V__Kingissepa_nim__kolhoos, lk 13
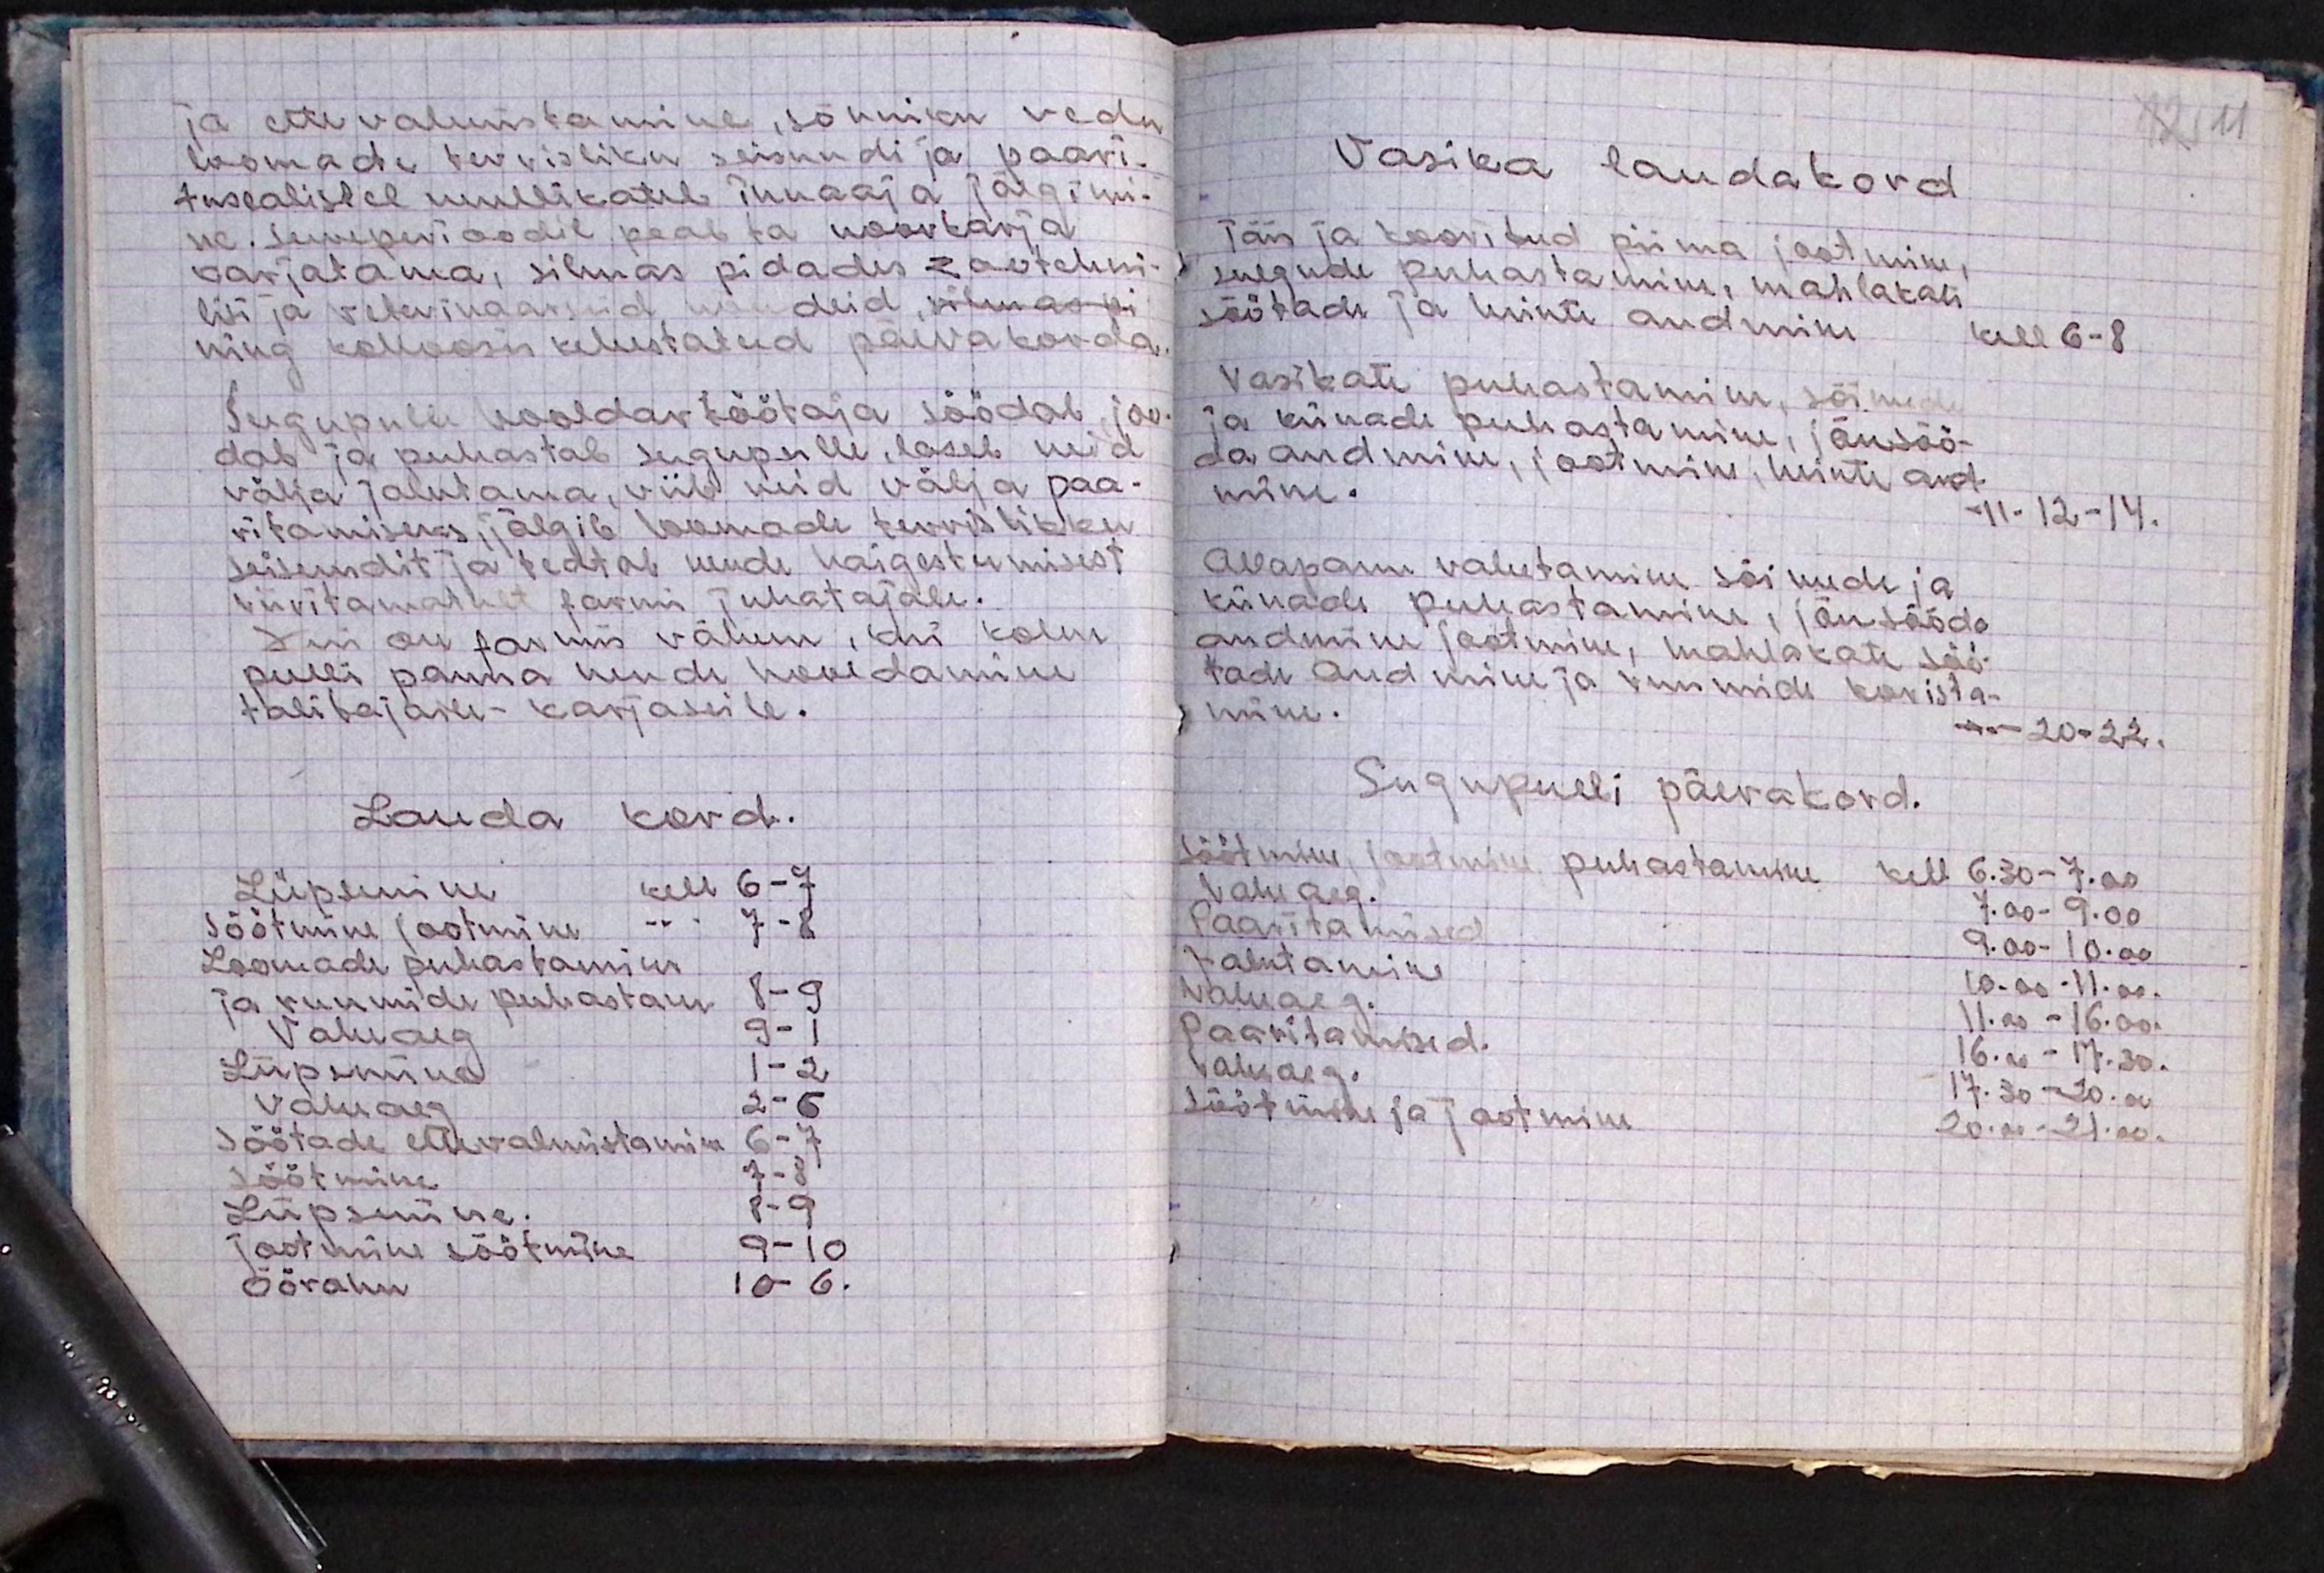
ja ettevalmistamine, sõnniku vedu
loomade tervisliku seisundi ja paari-
tusealistel muulikatel innaaja jälgimi-
ne. Suveperioodil peab ta nookarja
karjatama, silmas pidades zootehni-
lisi ja veterinaarseid nõudeid, silmas pi-
ning kolhoosis kehistatud päevakorda.
Sugupulli hooldav töötaja söödab, joo
dab ja puhastab sugupulle, laseb neid
välja jalutama, viib neid välja paa-
ritamiseks, jälgib loomade tervislikku
seisundit ja teatab nende haigestumisest
viivitamatult farmi juhatajale.
Kui onfarmis vähem, kui kolm
pulli panna nende hooldamine
talitajaile-karjaseile.
Lauda kord.
Lüpsmine kell 6-7
Söötmine jootmine -"- 7-8
Loomade puhastamine
ja ruumide puhastam. 8-9
Vaheaeg 9-1
Lüpsmine 1-2
Vaheaeg 2-6
Söötade ettevalmistamine 6-7
Söötmine 7-8
Lüpsmine. 8-9
Jootmine söötmine 9-10
Öörahu 10-6.

Vasika laudakord
Täis ja kooritud piima jaotamine,
sulgude puhastamine, mahlakate
söötade ja heinte andmine
kell 6-8
Vasikate puhastamine, sõimede
ja künade puhastamine, jõusöö-
da andmine, jootmine, heinte and-
mine.
-11-12-14.
Allapannu vahetamine sõimede ja
künade puhastamine, jõusööda
andmine jootmine, mahlakate söö-
tade andmine ja ruumide korista-
mine.
-"- 20-22.
Sugupulli päevakord.
Söötmine, jootine, puhastamine kell 6.30-7.00
Vaheaeg
7.00-9.00
Paaritamised
9.00-10.00
Jalutamine
10.00-11.00.
Vaheaeg.
11.00 - 16.00.
Paaritamised.
16.00 - 17.30.
Vaheaeg.
17.30 - 20.00
Söötmine ja jootmine
20.00 - 21.00.